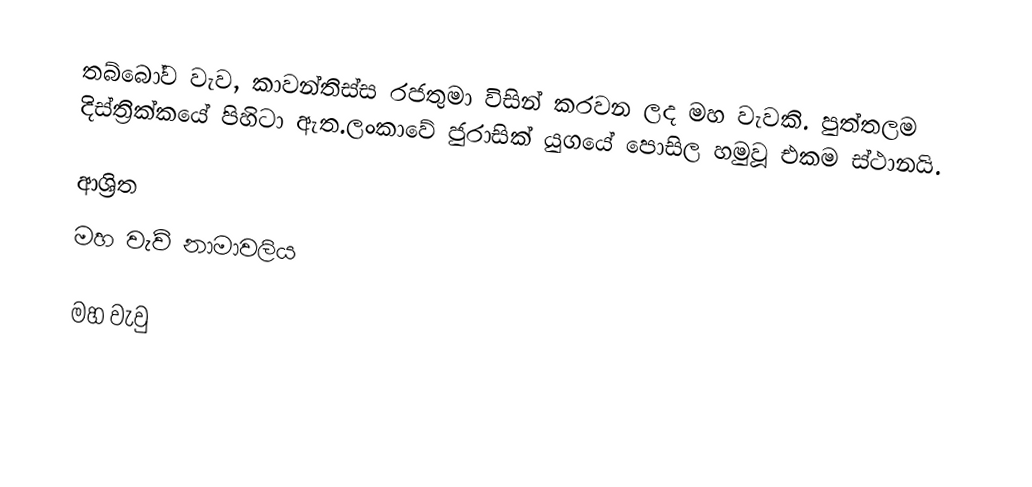
තබ්බෝව වැව, කාවන්තිස්ස රජතුමා විසින් කරවන ලද මහ වැවකි. පුත්තලම දිස්ත්‍රික්කයේ පිහිටා ඇත.ලංකාවේ ජුරාසික් යුගයේ පොසිල හමුවූ එකම ස්ථානයි.

ආශ්‍රිත
 මහ වැව් නාමාවලිය

මහ වැවු